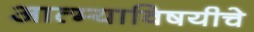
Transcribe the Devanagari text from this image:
आत्म्याविषयीचे